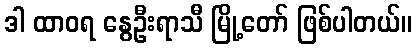
ဒါ ထာဝရ နွေဦးရာသီ မြို့တော် ဖြစ်ပါတယ်။